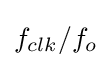
f_{clk}/f_{o}